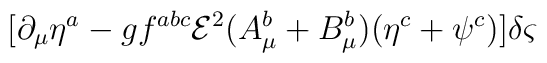
[\partial _{\mu }\eta ^{a}-gf^{abc}{\mathcal{E}}^{2}(A^{b}_{\mu }+B^{b}_{\mu })(\eta ^{c}+\psi ^{c})]\delta \varsigma